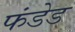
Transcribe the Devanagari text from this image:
फंडेड